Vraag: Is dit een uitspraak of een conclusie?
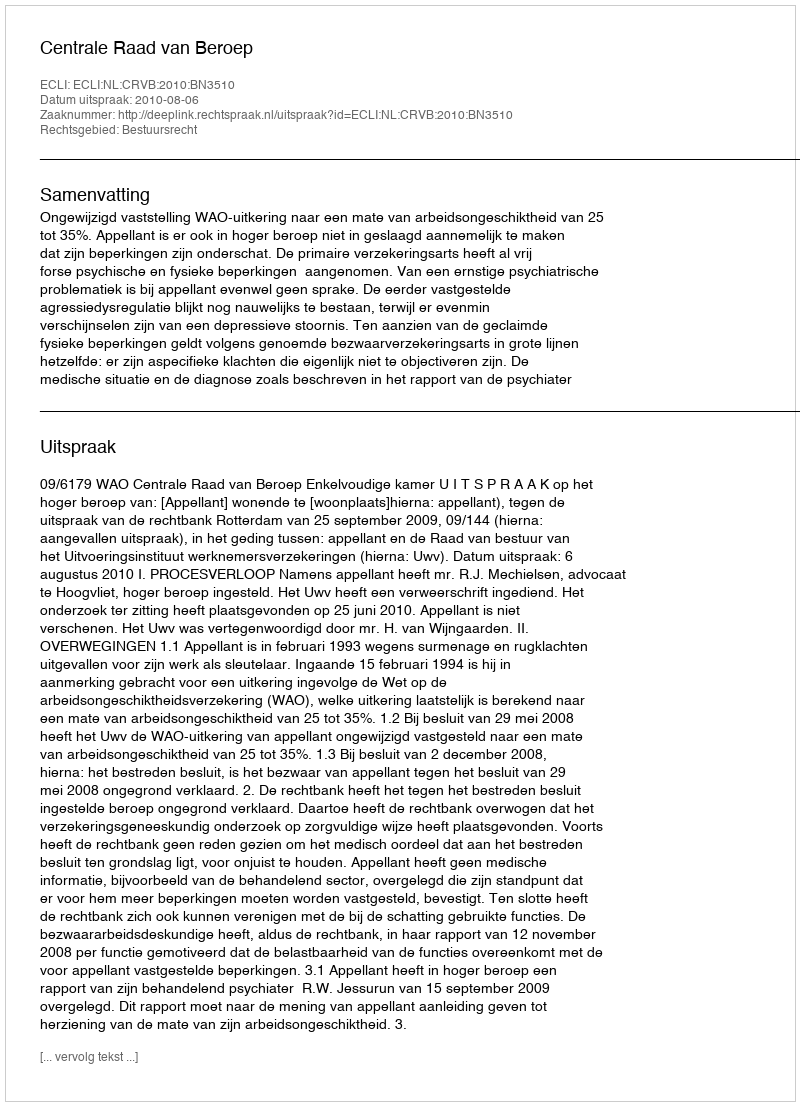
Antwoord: Uitspraak